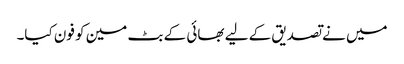
میں نے تصدیق کے لیے بھائی کے بٹ مین کو فون کیا۔